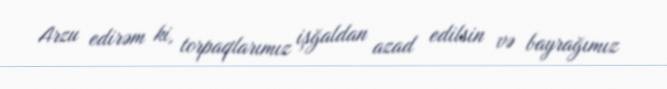
Arzu edirəm ki, torpaqlarımız işğaldan azad edilsin və bayrağımız